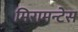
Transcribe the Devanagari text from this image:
मिरामन्टेस